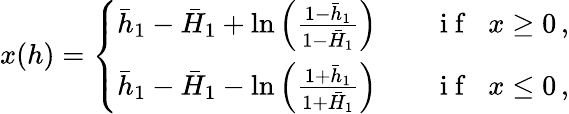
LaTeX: x(h)=\left\{ \begin{array}{ll}{\bar{h}_{1}-\bar{H}_{1}+\ln\left(\frac{1-\bar{h}_{1}}{1-\bar{H}_{1}}\right)}&{\quad\mathrm{~i~f~}\; \; x\geq 0\, ,}\\ {\bar{h}_{1}-\bar{H}_{1}-\ln\left(\frac{1+\bar{h}_{1}}{1+\bar{H}_{1}}\right)}&{\quad\mathrm{~i~f~}\; \; x\leq 0\, ,}\end{array}\right.